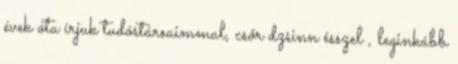
évek óta írjuk tudóstársaimmal, csőr dzsinn ésszel , leginkább